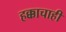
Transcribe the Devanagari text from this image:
हक्काचाही